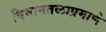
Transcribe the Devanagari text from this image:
विमानतळाप्रमाणे